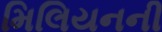
મિલિયનની